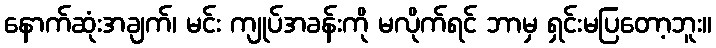
နောက်ဆုံးအချက်၊ မင်း ကျုပ်အခန်းကို မလိုက်ရင် ဘာမှ ရှင်းမပြတော့ဘူး။